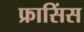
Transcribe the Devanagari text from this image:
फ्रासिंस